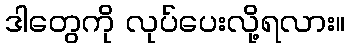
ဒါတွေကို လုပ်ပေးလို့ရလား။